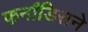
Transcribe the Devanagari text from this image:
फर्नांडिसने